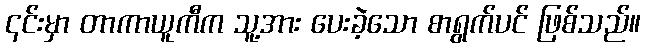
၎င်းမှာ တာကာယူကီက သူ့အား ပေးခဲ့သော စာရွက်ပင် ဖြစ်သည်။